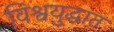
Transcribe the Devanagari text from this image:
विश्वयुद्धात